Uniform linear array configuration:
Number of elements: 4
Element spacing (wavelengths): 0.25
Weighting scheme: exponential
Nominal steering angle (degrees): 15
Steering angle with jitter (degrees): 13.364
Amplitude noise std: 0.05
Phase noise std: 0.05

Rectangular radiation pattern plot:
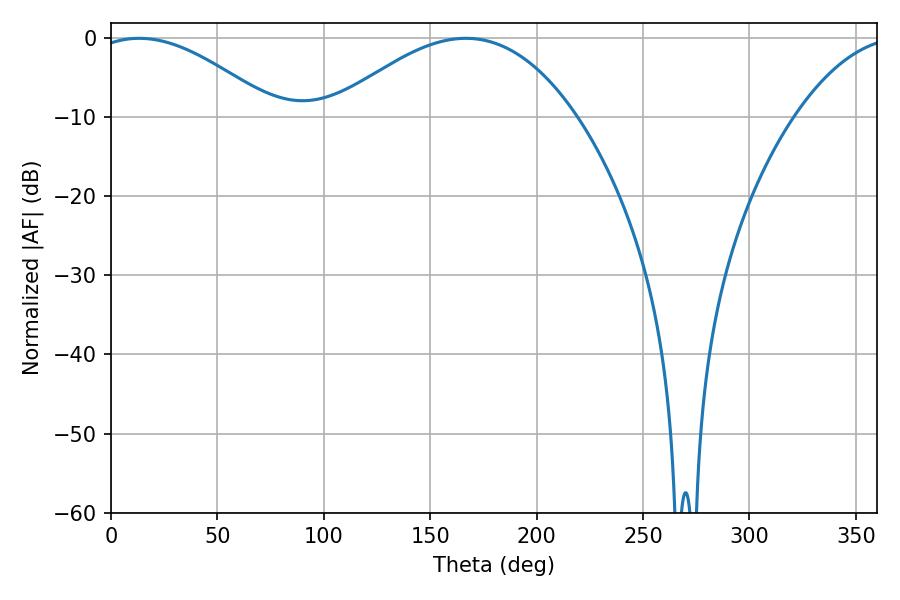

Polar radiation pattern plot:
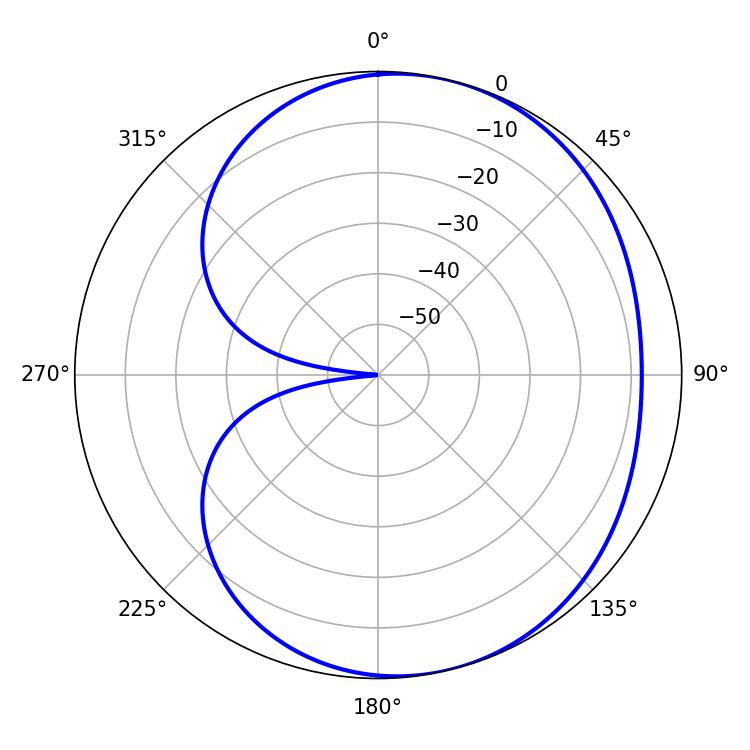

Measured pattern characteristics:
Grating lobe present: FALSE
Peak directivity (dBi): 4.673
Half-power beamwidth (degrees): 47.16
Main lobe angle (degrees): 13.32